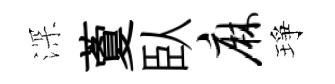
深藑臥麻琤